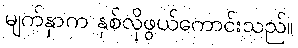
မျက်နှာက နှစ်လိုဖွယ်ကောင်းသည်။